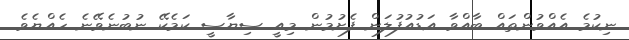
ނިކުމެ އެއްވުންތައް ބާއްވާ އަޑުއުފުލަން ފެށުމުން މިއީ ސިޔާސީ ކަމެކޭ ނުބުނެވޭނެ ހެއްޔެވެ